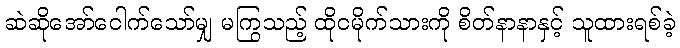
ဆဲဆိုအော်ငေါက်သော်မျှ မကြွသည့် ထိုငမိုက်သားကို စိတ်နာနာနှင့် သူထားရစ်ခဲ့